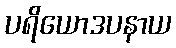
ပရိယောဒပနာယ